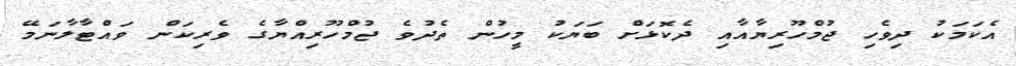
އެކަމަކު ދިވެހި ޖުމްހޫރިޔާއާއި ދެކޮޅަށް ބަޔަކު މީހުން ތެދުވެ ޖުމްހޫރިއްޔާގެ ވެރިކަން ވައްޓާލާނަމޭ